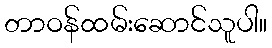
တာဝန်ထမ်းဆောင်သူပါ။